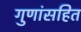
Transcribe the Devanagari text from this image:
गुणांसहित